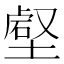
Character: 𡐍